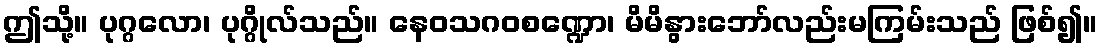
ဤသို့။ ပုဂ္ဂလော၊ ပုဂ္ဂိုလ်သည်။ နေဝသဂဝစဏ္ဍော၊ မိမိနွားဘော်လည်းမကြမ်းသည် ဖြစ်၍။